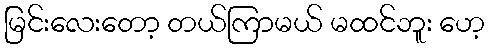
မြင်းလေးတော့ တယ်ကြာမယ် မထင်ဘူး ဟေ့